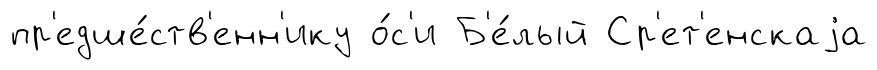
пр'едше́ств'енн'ику о́с'и Б'е́лый Ср'ет'енскаjа